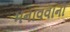
મનાવવાની